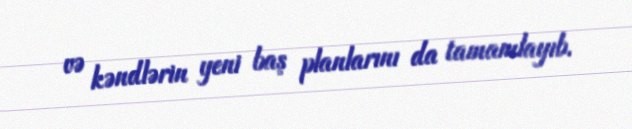
və kəndlərin yeni baş planlarını da tamamlayıb.